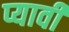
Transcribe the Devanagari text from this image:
प्यावी